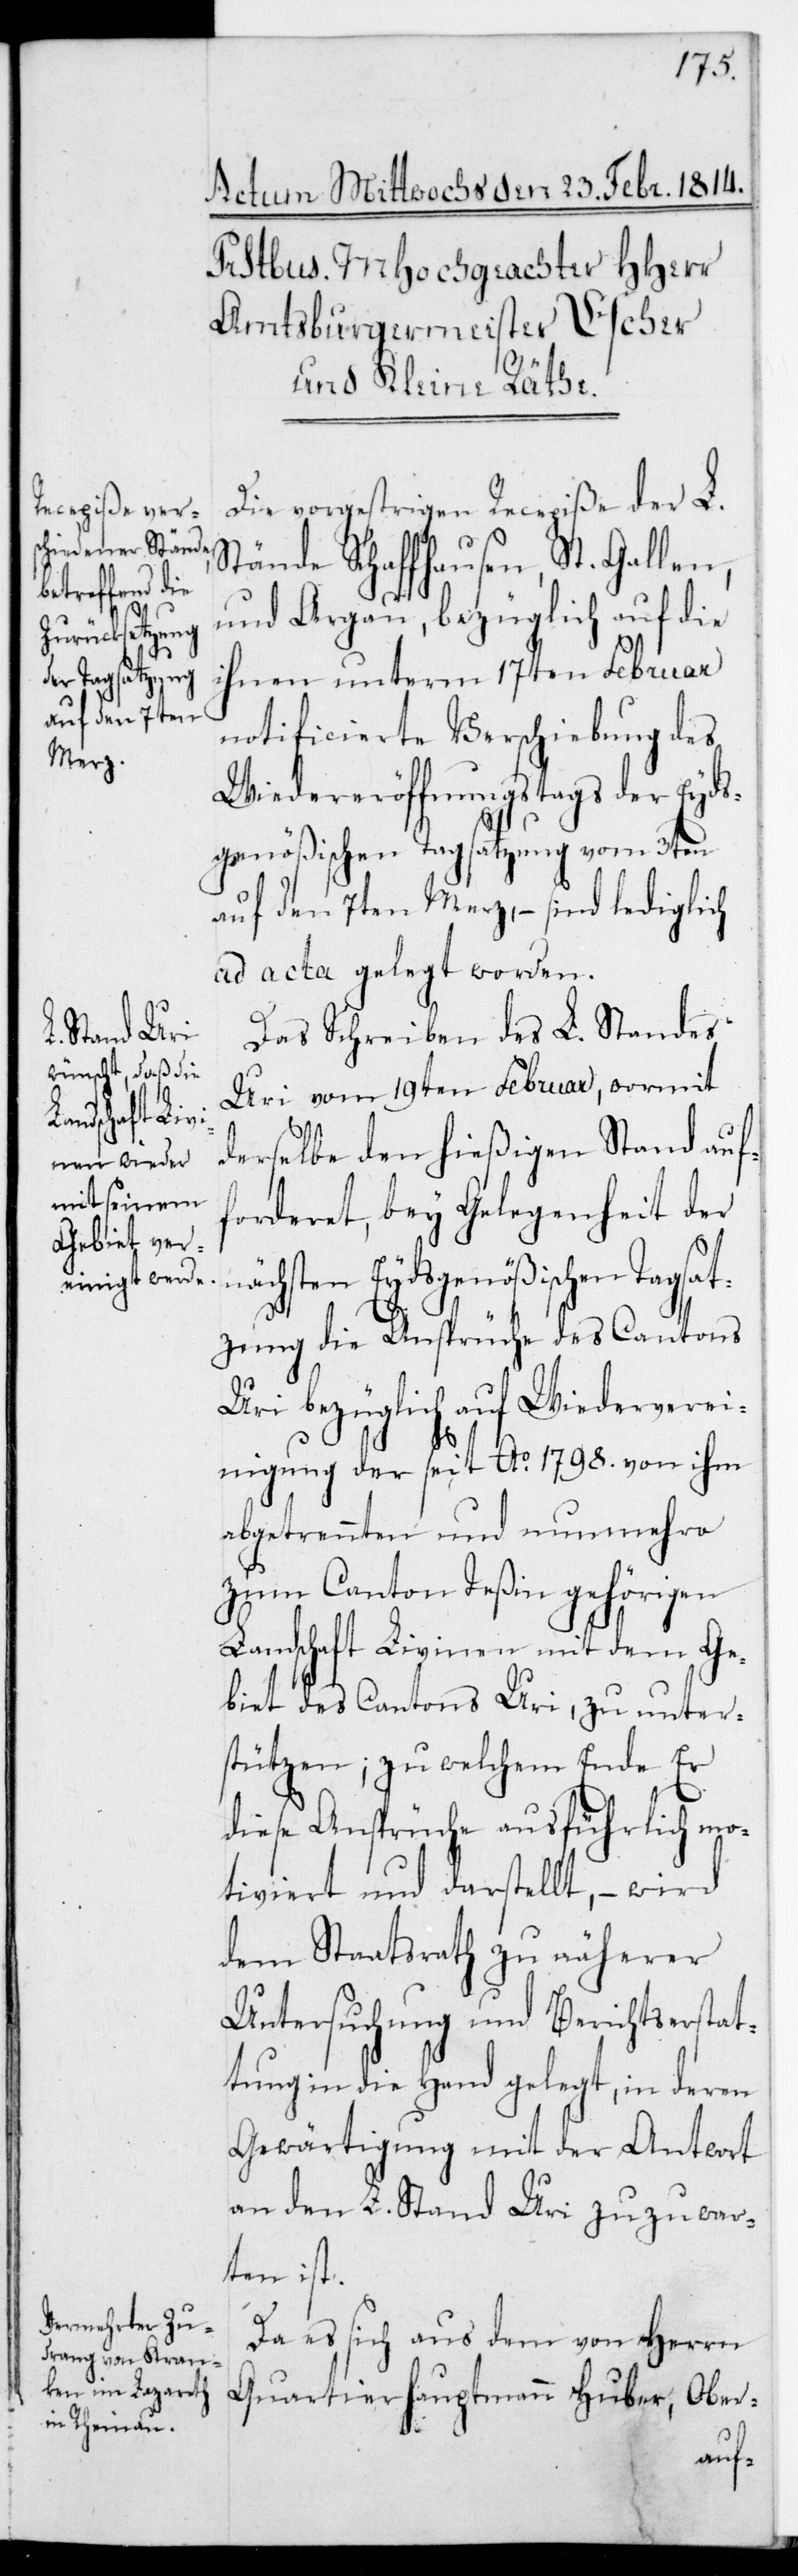
nä¬

Die vorgestrigen Recepiße der L.
Stände Schaffhausen, St. Gallen
und Argau, bezüglich auf die
ihnen unterm 17ten Februar
notificierte Verschiebung des
Wiedereröffnungstags der Eyds¬
genößischen Tagsatzung vom 3ten
auf den 7ten Merz, – sind lediglich
ad acta gelegt worden.
Das Schreiben des L. Standes
Uri vom 19ten Februar, wormit
derselbe den hießigen Stand auf¬
forderet, bey Gelegenheit der
chsten Eydsgenößischen Tagsa¬
tzung die Ansprüche des Cantons
Uri bezüglich auf Wiederverei¬
nigung der seit Ao. 1798 von ihm
abgetrennten und nunmehro
zum Canton Teßin gehörigen
Landschaft Livinien mit dem Ge¬
biet des Cantons Uri, zu unter¬
stützen, zu welchem Ende er
diese Ansprüche ausführlich mo¬
tiviert und darstellt, – wird
dem Staatsrath zu näherer
Untersuchung und Berichtserstat¬
tung in die Hand gelegt, in deren
Gewärtigung mit der Antwort
an den L. Stand Uri zuzuwar¬
ten ist.
Da es sich aus dem von Herrn
Quartierhauptmann Huber, Ober-